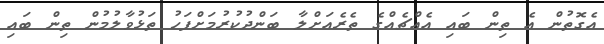
އެގޮތުން އެ ތިން ބައި އެއްޗެއްގެ ތެރެއަށްލާ ބަންދުކުރުމަށްފަހު ތަޅުވާލުމުން ތިން ބައި